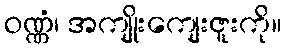
ဝဏ္ဏံ၊ အကျိုးကျေးဇူးကို။